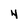
Character: 4